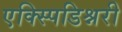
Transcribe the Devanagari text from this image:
एक्स्पिडिश्नरी